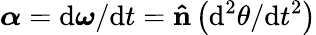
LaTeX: {\boldsymbol{\alpha}}=\mathrm{d}{\boldsymbol{\omega}}/\mathrm{d}t=\mathbf{\hat{n}}\left(\mathrm{d}^{2}\theta/\mathrm{d}t^{2}\right)